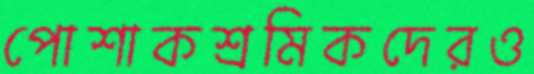
পোশাকশ্রমিকদেরও